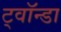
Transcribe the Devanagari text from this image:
ट्वॉन्डा